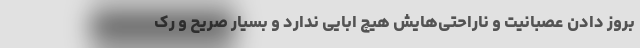
بروز دادن عصبانیت و ناراحتی‌هایش هیچ ابایی ندارد و بسیار صریح و رک